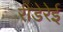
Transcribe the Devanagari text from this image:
रीडेरेई